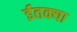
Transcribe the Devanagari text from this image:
ईतक्या